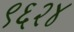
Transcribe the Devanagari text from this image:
९६२४